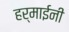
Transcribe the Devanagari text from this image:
हर्माईनी